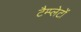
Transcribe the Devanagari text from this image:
टैम्प्लेटों